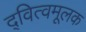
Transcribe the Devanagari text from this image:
द्‍वित्वमूलक